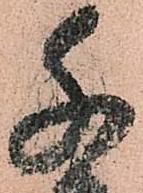
千